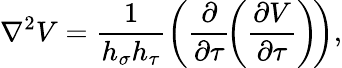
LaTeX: \nabla^{2}V=\frac{1}{h_{\sigma}h_{\tau}}\left(\frac{\partial}{\partial\tau}\! \left(\frac{\partial V}{\partial\tau}\right)\! \right),